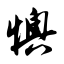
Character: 懊